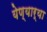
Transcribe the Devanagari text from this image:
येण्यार्या